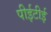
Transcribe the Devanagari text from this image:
पीईटीई